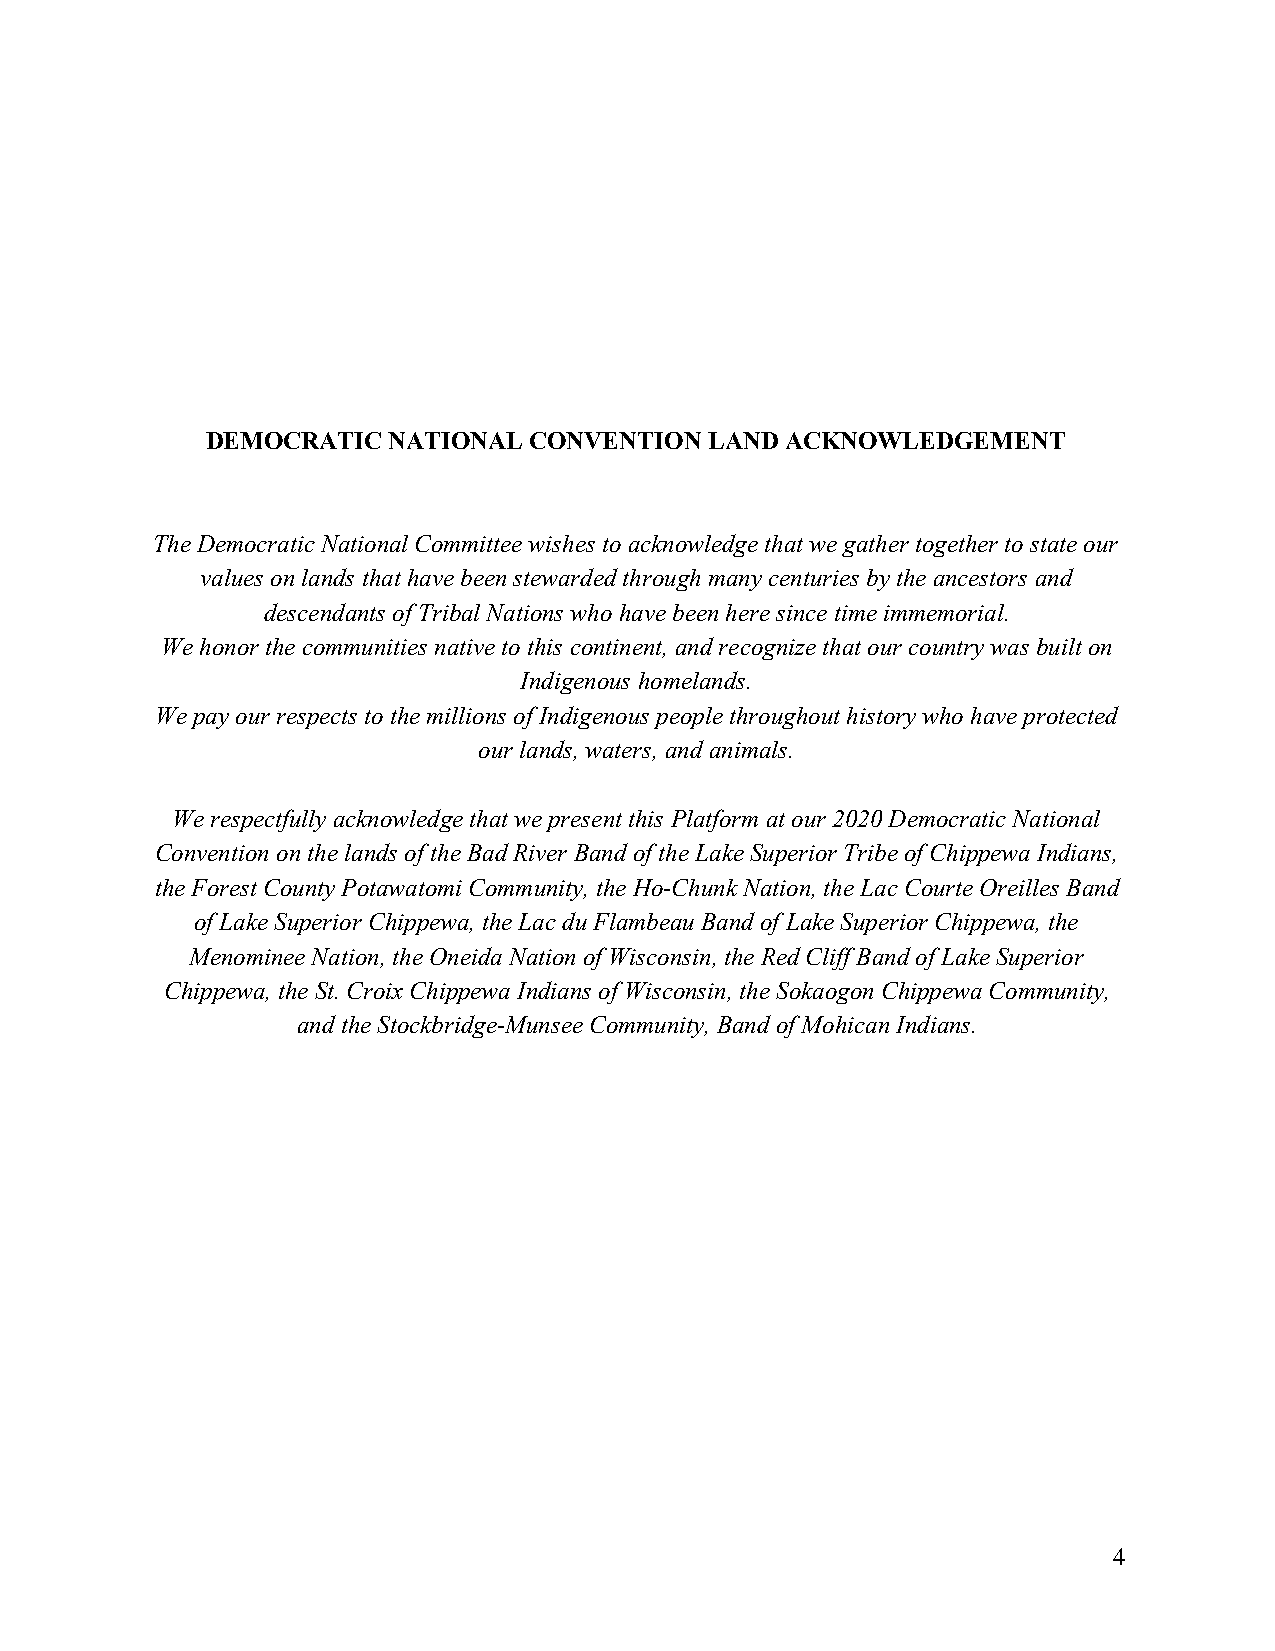
DEMOCRATIC  NATIONAL CONVENTION  LAND ACKNOWLEDGEMENT
 The Democratic National Committee wishes to acknowledge that we gather together to state our
 values on lands that have been stewarded through many centuries by the ancestors and
 descendants of Tribal Nations who have been here since time immemorial.
 We honor the communities native to this continent, and recognize that our country was built on
 Indigenous homelands.
 We pay our respects to the millions of Indigenous people throughout history who have protected
 our lands, waters, and animals.
 We respectfully acknowledge that we present this Platform at our 2020 Democratic National
 Convention on the lands of the Bad River Band of the Lake Superior Tribe of Chippewa Indians,
 the Forest County Potawatomi Community, the Ho-Chunk Nation, the Lac Courte Oreilles Band
 of Lake Superior Chippewa, the Lac du Flambeau Band of Lake Superior Chippewa, the
 Menominee Nation, the Oneida Nation of Wisconsin, the Red Cliff Band of Lake Superior
 Chippewa, the St. Croix Chippewa Indians of Wisconsin, the Sokaogon Chippewa Community,
 and the Stockbridge-Munsee Community, Band of Mohican Indians.
 4